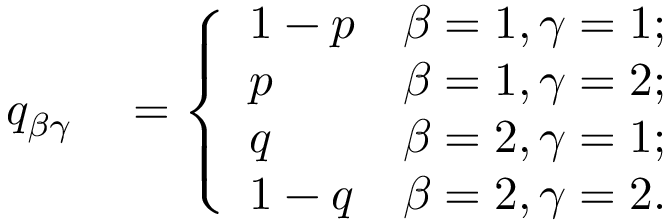
\begin{array} { r l } { q _ { \beta \gamma } } & { { } = \left\{ \begin{array} { l l } { \displaystyle 1 - p } & { \displaystyle \beta = 1 , \gamma = 1 ; } \\ { \displaystyle p } & { \displaystyle \beta = 1 , \gamma = 2 ; } \\ { \displaystyle q } & { \displaystyle \beta = 2 , \gamma = 1 ; } \\ { \displaystyle 1 - q } & { \displaystyle \beta = 2 , \gamma = 2 . } \end{array} \right. } \end{array}